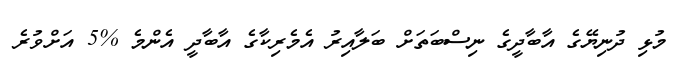
މުޅި ދުނިޔޭގެ އާބާދީގެ ނިސްބަތަށް ބަލާއިރު އެމެރިކާގެ އާބާދީ އެންމެ %5 އަށްވުރެ